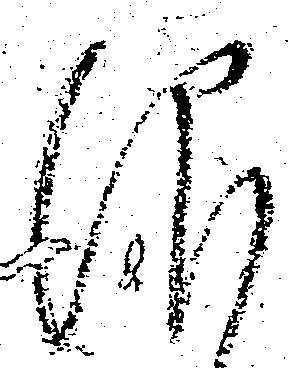
仰